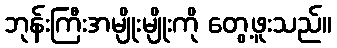
ဘုန်းကြီးအမျိုးမျိုးကို တွေ့ဖူးသည်။